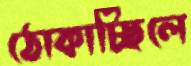
ঠোকাচ্ছিলে